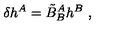
\delta h ^ { A } = \tilde { B } _ { B } ^ { A } h ^ { B } \ ,